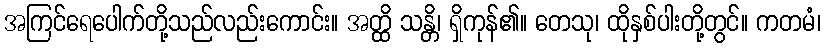
အကြင်ရေပေါက်တို့သည်လည်းကောင်း။ အတ္ထိ သန္တိ၊ ရှိကုန်၏။ တေသု၊ ထိုနှစ်ပါးတို့တွင်။ ကတမံ၊